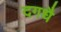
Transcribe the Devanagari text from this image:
दगधै